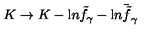
K \rightarrow K - { \mathrm { l } n } { \tilde { f } } _ { \gamma } - { \mathrm { l } n } { \bar { \tilde { f } } _ { \gamma } }